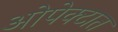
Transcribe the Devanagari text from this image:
ओपेक्टात